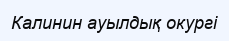
Калинин ауылдық окургі